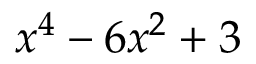
x ^ { 4 } - 6 x ^ { 2 } + 3